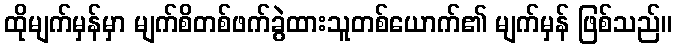
ထိုမျက်မှန်မှာ မျက်စိတစ်ဖက်ခွဲထားသူတစ်ယောက်၏ မျက်မှန် ဖြစ်သည်။